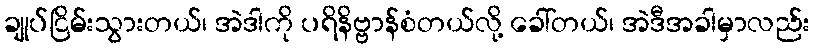
ချုပ်ငြိမ်းသွားတယ်၊ အဲဒါကို ပရိနိဗ္ဗာန်စံတယ်လို့ ခေါ်တယ်၊ အဲဒီအခါမှာလည်း